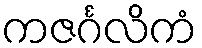
ကဇင်္ဂလိကံ